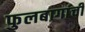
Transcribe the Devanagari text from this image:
फुलबागांची